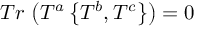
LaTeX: T r \, \left( T ^ { a } \left\{ T ^ { b } , T ^ { c } \right\} \right) = 0